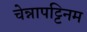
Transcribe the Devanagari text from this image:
चेन्नापट्टिनम